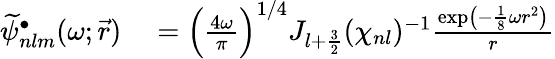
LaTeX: \begin{array}{rl}{\widetilde\psi_{nlm}^{\bullet}(\omega;\vec{r})}&{{}=\Bigl(\frac{4\omega}{\pi}\Bigr)^{1/4}J_{l+\frac{3}{2}}(\chi_{nl})^{-1}\frac{\exp\bigl(-\frac{1}{8}\omega r^{2}\bigr)}{r}}\end{array}